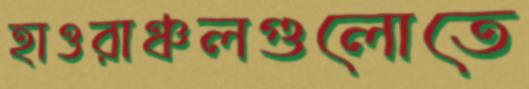
হাওরাঞ্চলগুলোতে